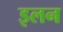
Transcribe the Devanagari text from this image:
इलन